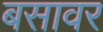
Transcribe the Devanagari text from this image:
बसावर